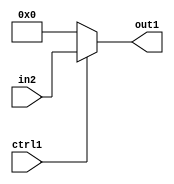
`timescale 1ps / 1ps
/*****************************************************************************
    Verilog RTL Description
    
    
    Created by: CellMath Designer 2019.1.01 
*******************************************************************************/

module fix2float_N_Mux_32_2_49_4 (
	in2,
	ctrl1,
	out1
	); /* architecture "behavioural" */ 
input [31:0] in2;
input  ctrl1;
output [31:0] out1;
wire [31:0] asc001;

reg [31:0] asc001_tmp_0;
assign asc001 = asc001_tmp_0;
always @ (ctrl1 or in2) begin
	case (ctrl1)
		1'B1 : asc001_tmp_0 = in2 ;
		default : asc001_tmp_0 = 32'B00000000000000000000000000000000 ;
	endcase
end

assign out1 = asc001;
endmodule

/* CADENCE  uLnxTgw= : u9/ySgnWtBlWxVPRXgAZ4Og= ** DO NOT EDIT THIS LINE ******/